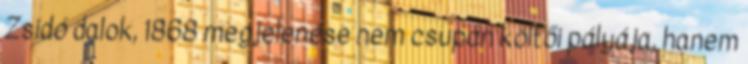
Zsidó dalok, 1868 megjelenése nem csupán költői pályája, hanem